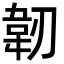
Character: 韌